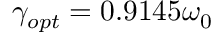
\gamma _ { o p t } = 0 . 9 1 4 5 \omega _ { 0 }